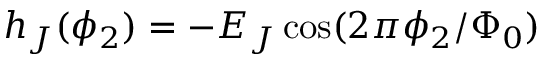
h _ { J } ( \phi _ { 2 } ) = - E _ { J } \cos ( 2 \pi \phi _ { 2 } / \Phi _ { 0 } )